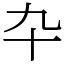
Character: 卆